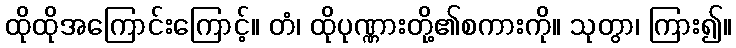
ထိုထိုအကြောင်းကြောင့်။ တံ၊ ထိုပုဏ္ဏားတို့၏စကားကို။ သုတွာ၊ ကြား၍။